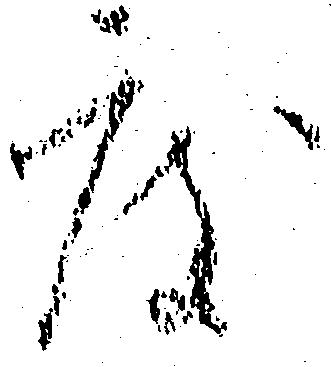
度